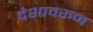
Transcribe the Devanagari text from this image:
देशावरून